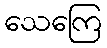
သေကြေ